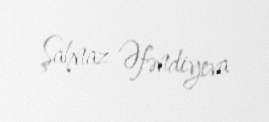
Şahnaz Əfəndiyeva